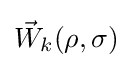
{\vec {W}}_{k}(\rho ,\sigma )